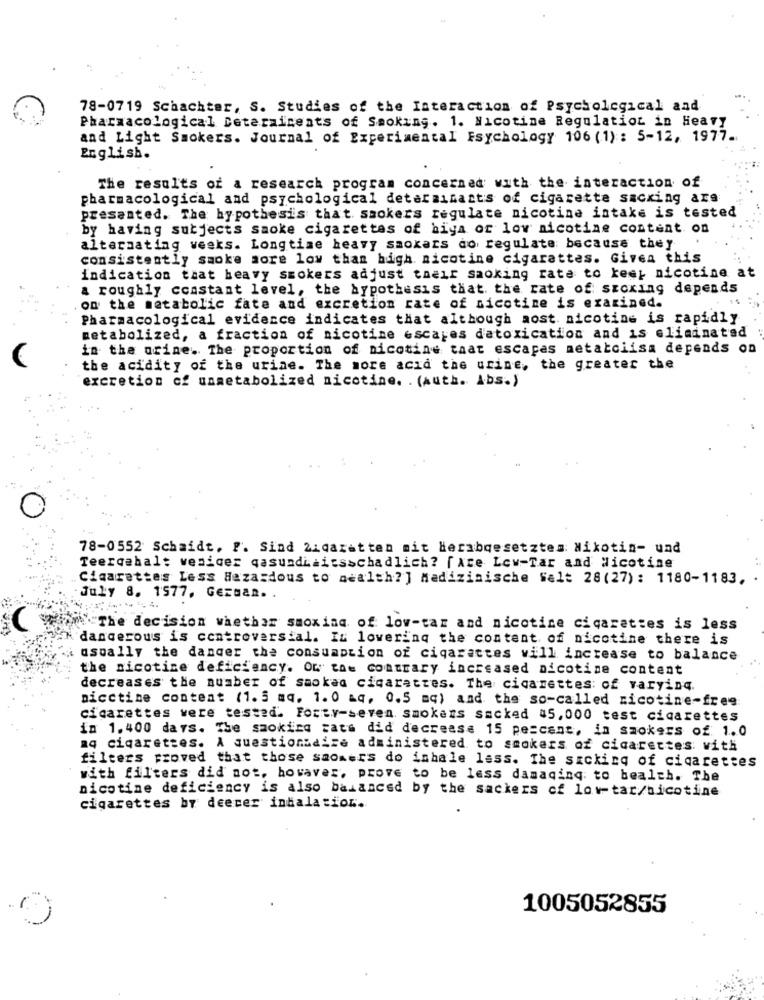
78-0719 Schachter, S. Studies of the Interaction of Psychological and
Pharmacological Deteraicents of Smoking. 1. Nicotine Regulation in Heavy
and Light Smokers. Journal of Experimental Fsychology 106 (1): 5-12, 1977.
English.
The results of a research program concerned with the interaction of
pharmacological and psychological determinants of cigarette smoking ars
presented. The hypothesis that smokers regulate nicotine intake is tested
by having subjects saoke cigarettes of biya or low nicotine content on
alternating weeks. Longtime heavy saoxars do regulate because they
consistently smoke more low tham high nicotine cigarettes. Givea this
indication that heavy smokers adjust their smoking rate to keep nicotine at
a roughly ccastant level, the hypothesis that the rate of szoxing depends
on the metabolic fate and excretion rate of nicotine is examined.
Pharmacological evidence indicates that although aost nicotine is rapidly
metabolized, a fraction of nicotine escapes d'atoxication and is eliminated
in the urine. The proportion of nicotine that escapas metatciisa depends on
the acidity of the urine. The more acid the urine, the greater the
excretion of unmetabolized nicotine. . (Auth. Abs.)
78-0552 Schaidt. P. Sind Zigaretten mit Herabgesetztes: Nikotin- und
Teergehalt vesicer qasundiaitsschadlich? fate Low-Tar and Nicotine
Cigarettes Less Hazardous to wealth?] Medizinische Salt 28(27): 1180-1183,
July 8. 1577. German. .
The decision whether smoxina of low-tar and nicotine cigarettes is less
dangerous is controversial. IL lovering the content of nicotine there is
usually the danger the consumption of cigarettes will increase to balance
the nicotine deficiency. Or" to= contrary increased nicotine content
decreases the number of saokad cigarettes. The cigarettes: of varyinq.
nicctine content (1.5 mq. 1. 0 &q, 0.5 mq) and the so-called nicotine-free
cigarettes were tested. Forty-seven smokers sacked #5,000 test cigarettes
in 1.400 days. The smoking cats did decrease 15 pe=cant, in smokers of 1.0
aq cigarettes. A questionnaire administered to smokers of cigarettes: with
filters proved that those saomers do inhale lass. The sickicq of cigarettes
with filters did not, howaver, prove to be less damacinq to bealth. The
nicotine deficiency is also balanced by the sackers of low-tar/nicotine
cigarettes by deecer inhalation.
1005052855